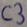
Text: C3